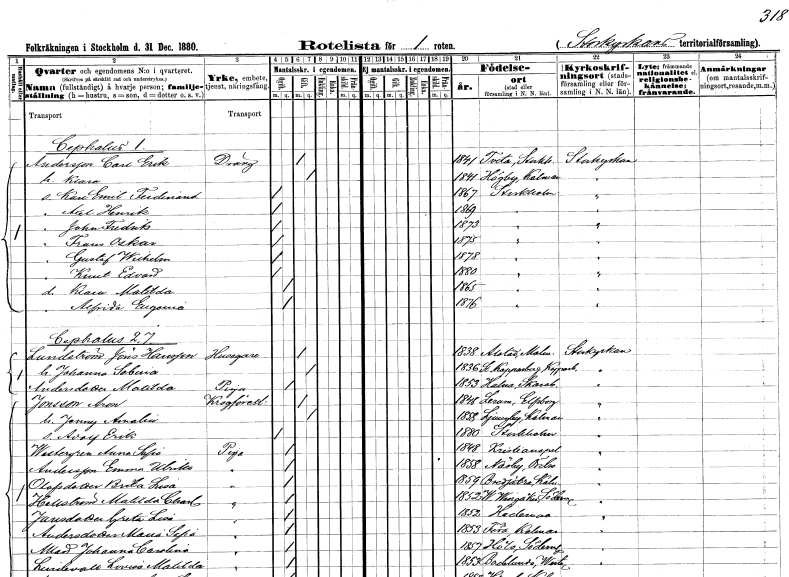
gt_parse: households: individuals: FN: Carl Erik
EN: Andersson
YRKE: Dräng
KON: M
CIV: G
FODAR: 1841
FODFORS: Tveta Stockholms län
FN: Klara
KON: K
CIV: G
FODAR: 1841
FODFORS: Högby Kalmar län
FN: Karl Emil Ferdinand
KON: M
CIV: O
FODAR: 1867
FODFORS: Stockholm
FN: Axel Henrik
KON: M
CIV: O
FODAR: 1869
FODFORS: Stockholm
FN: John Fredrik
KON: M
CIV: O
FODAR: 1873
FODFORS: Stockholm
FN: Frans Oskar
KON: M
CIV: O
FODAR: 1875
FODFORS: Stockholm
FN: Gustaf Wilhelm
KON: M
CIV: O
FODAR: 1878
FODFORS: Stockholm
FN: Knut Edvard
KON: M
CIV: O
FODAR: 1880
FODFORS: Stockholm
FN: Klara Matilda
KON: K
CIV: O
FODAR: 1865
FODFORS: Stockholm
FN: Alfrida Eugenia
KON: K
CIV: O
FODAR: 1876
FODFORS: Stockholm
FN: Jöns
EN: Lundström Hansson
YRKE: Husägare
KON: M
CIV: G
FODAR: 1838
FODFORS: Alstad Malmöhus län
FN: Johanna Sabina
KON: K
CIV: G
FODAR: 1836
FODFORS: Stora Kopparberg Kopparbergs län
FN: Matilda
EN: Andersdotter
YRKE: Piga
KON: K
CIV: O
FODAR: 1853
FODFORS: Halna Skaraborgs län
FN: Aron
EN: Jonsson
YRKE: Krogföreståndare
KON: M
CIV: G
FODAR: 1848
FODFORS: Lerum Älvsborgs län
FN: Jenny Amalia
KON: K
CIV: G
FODAR: 1858
FODFORS: Ljungby Kalmar län
FN: Adolf Erik
KON: M
CIV: O
FODAR: 1880
FODFORS: Stockholm
FN: Anna Sofia
EN: Wastergren
YRKE: Piga
KON: K
CIV: O
FODAR: 1848
FODFORS: Kristianopel Blekinge län
FN: Emma Ulrika
EN: Andersson
YRKE: Piga
KON: K
CIV: O
FODAR: 1858
FODFORS: Näsby Örebro län
FN: Brita Lisa
EN: Olofsdotter
YRKE: Piga
KON: K
CIV: O
FODAR: 1859
FODFORS: Bredsätra Kalmar län
FN: Matilda Charlotta
EN: Hellström
YRKE: Piga
KON: K
CIV: O
FODAR: 1852
FODFORS: Västra Vingåker Södermanlands län
FN: Greta Lisa
EN: Jansdotter
YRKE: Piga
KON: K
CIV: O
FODAR: 1852
FODFORS: Hedemora Kopparbergs län